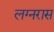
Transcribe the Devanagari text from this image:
लग्नरास